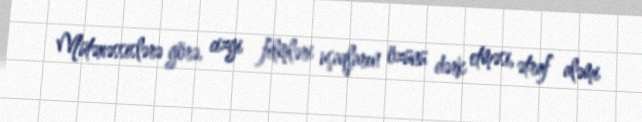
Mütəxəssislərə görə, cizgi filmləri uşaqların özünü dərk etməsi, ətraf aləmi